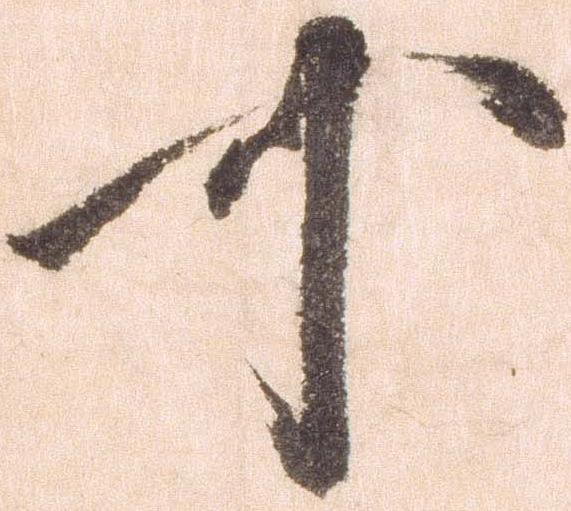
可